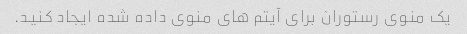
یک منوی رستوران برای آیتم های منوی داده شده ایجاد کنید.